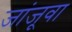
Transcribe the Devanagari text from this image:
जांजूवा